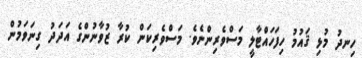
ހިނދު މުޅި ޤައުމު ހިފަހައްޓާލީ މަސްވެރިންނެވެ. މަސްވެރިކަން ކުރާ ޒުވާނުންގެ އަދަދު ގިނަވަމުން